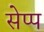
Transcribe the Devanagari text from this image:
सेप्प